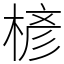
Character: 楌